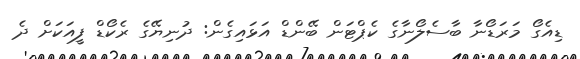
ޑިއެގޯ މަރަޑޯނާ ބާސެލޯނާގެ ކެޕްޓަން ބޭންޑް އަޅައިގެން: ދުނިޔޭގެ ރެކޯޑް ފީއަކަށް ދެ